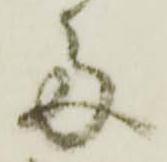
多